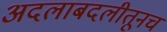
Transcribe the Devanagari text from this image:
अदलाबदलीतूनच